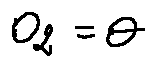
\theta _ { 2 } = \theta